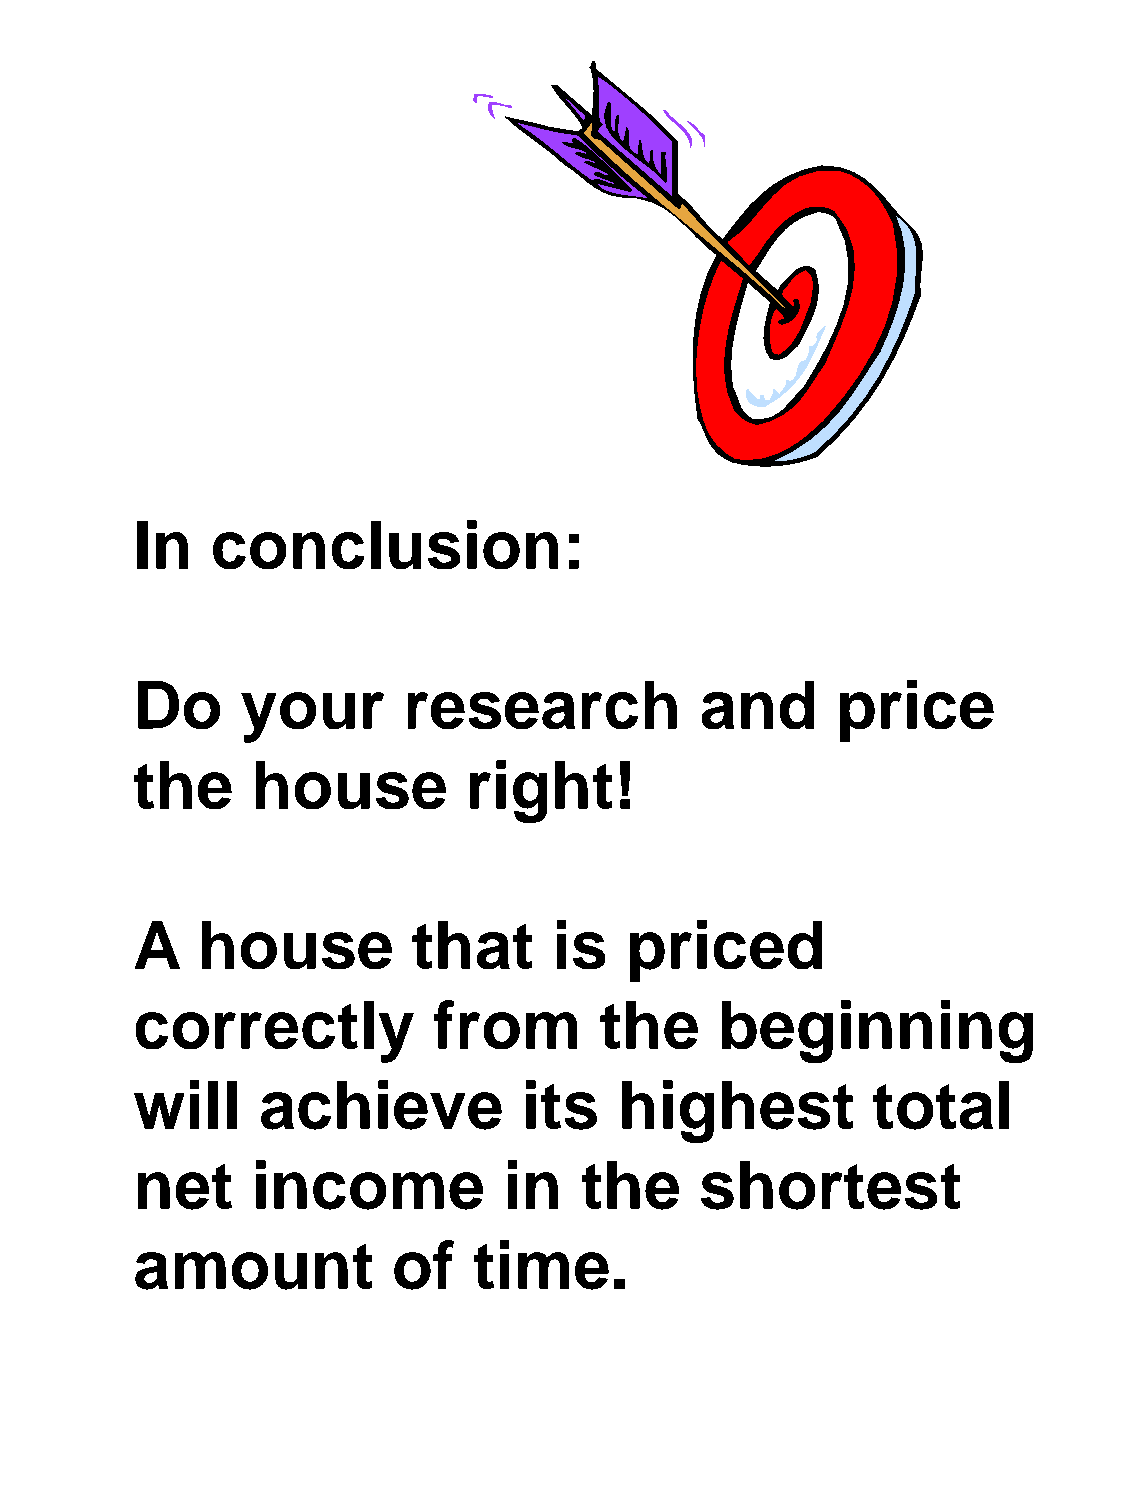
In   conclusion:
 Do     your       research           and      price
 the     house         right!
 A   house         that      is  priced
 correctly           from       the     beginning
 will    achieve           its   highest          total
 net     income          in   the     shortest
 amount           of   time.